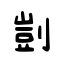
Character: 剴